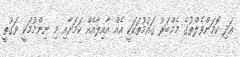
އަދި ކޮމަންވެލްތުގެ މެމްބަރު ގައުމުތަކަކީ އެއް އާއިލާއެއް ކަމަށާއި މި ނިންމުމަކީ ވަގުތީ